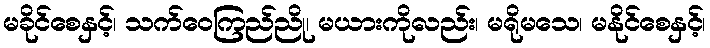
မခိုင်စေနှင့်၊ သက်ဝေကြည်ညို၊ မယားကိုလည်း၊ မရိုမသေ၊ မနိုင်စေနှင့်၊